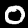
Label: 0